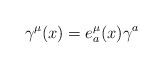
\begin{align*}\gamma^\mu(x)=e^\mu_a(x)\gamma^a\end{align*}